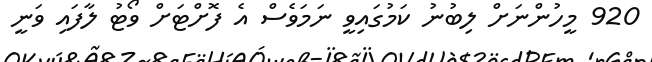
920 މީހުންނަށް ލިބުނު ކަމުގައިވީ ނަމަވެސް އެ ފޮށްޓަށް ވޯޓު ލާފައި ވަނީ